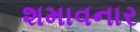
શમાવનાર